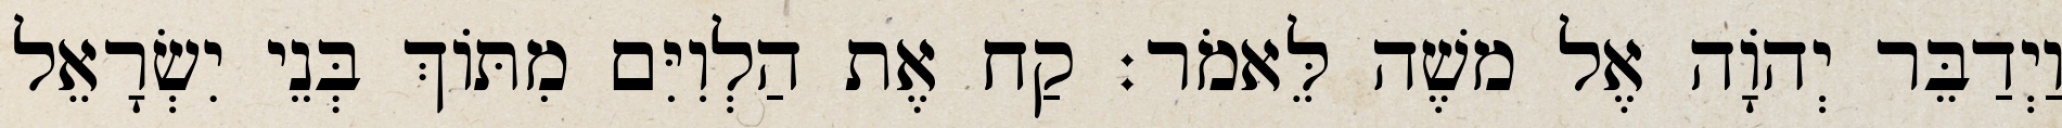
וַיְדַבֵּר יְהוָֹה אֶל משֶׁה לֵּאמֹר׃ קַח אֶת הַלְוִיִּם מִתּוֹךְ בְּנֵי יִשְׂרָאֵל